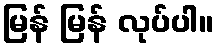
မြန် မြန် လုပ်ပါ။